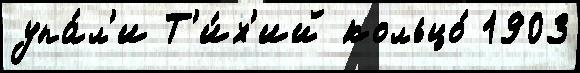
упа́л'и Т'и́х'ий кольцо́ 1903